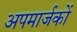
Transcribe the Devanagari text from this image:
अपमार्जकों